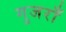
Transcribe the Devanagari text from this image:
गुजराँ